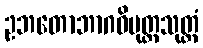
ဥဘတောဘာဂဝိမုတ္တသုတ္တံ